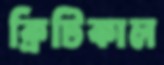
ক্রিটিকাল